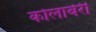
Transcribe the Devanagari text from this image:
कोलाबेरी